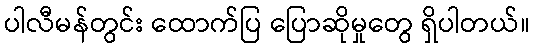
ပါလီမန်တွင်း ထောက်ပြ ပြောဆိုမှုတွေ ရှိပါတယ်။